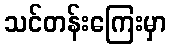
သင်တန်းကြေးမှာ